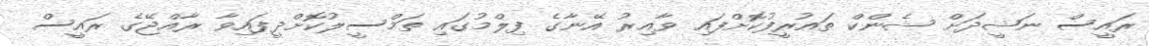
ރައީސް ނަޝީދަށް ޝެންކް ތައުރީފުކޮށްފައި ވާއިރު އޭނާގެ ފިލްމުގައި ތަމްސީލުކޮށްދީފައިވާ ރާއްޖޭގެ ރައީސް